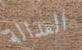
العدالة